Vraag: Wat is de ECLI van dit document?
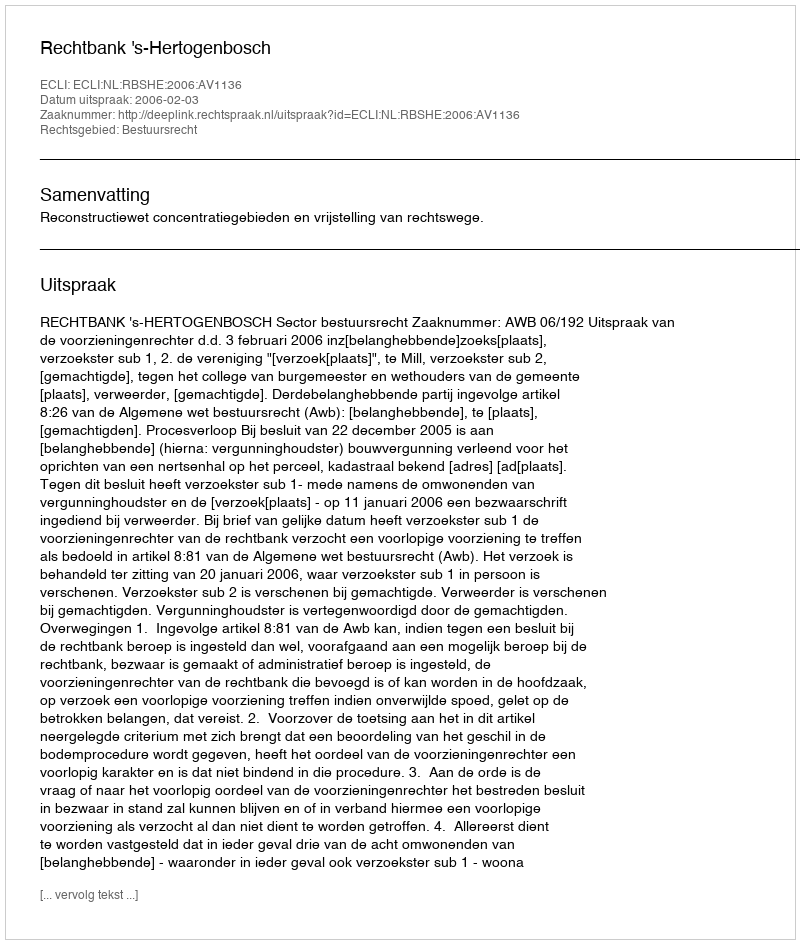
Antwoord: ECLI:NL:RBSHE:2006:AV1136